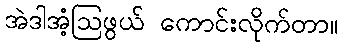
အဲဒါအံ့ဩဖွယ် ကောင်းလိုက်တာ။